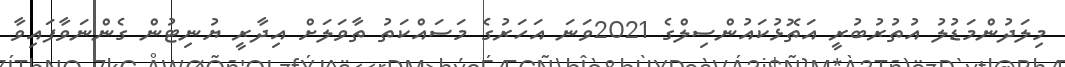
މިލަދުންމަޑުލު އުތުރުބުރީ އަތޮޅުކައުންސިލްގެ 2021ވަނަ އަހަރުގެ މަސައްކަތު ތާވަލަށް އިދާރީ ޔުނިޓުން ގެންނަވާފައިވާ